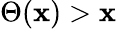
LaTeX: \Theta(\mathbf{x})>\mathbf{x}